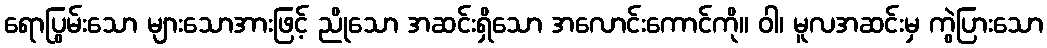
ရောပြွမ်းသော များသောအားဖြင့် ညိုသော အဆင်းရှိသော အလောင်းကောင်ကို။ ဝါ၊ မူလအဆင်းမှ ကွဲပြားသော